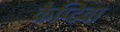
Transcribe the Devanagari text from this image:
कैप्टिवा